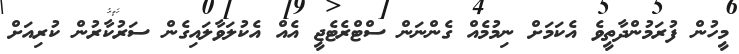
މީހުން ފުރަމުންދާތީވެ އެކަމަށް ނިމުމެއް ގެންނަން ސްޓްރެޓެޖީ އެއް އެކުލަވާލައިގެން ސަރުކާރުން ކުރިއަށް